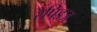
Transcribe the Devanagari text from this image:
रेपिडज